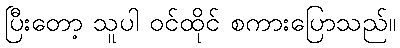
ပြီးတော့ သူပါ ဝင်ထိုင် စကားပြောသည်။